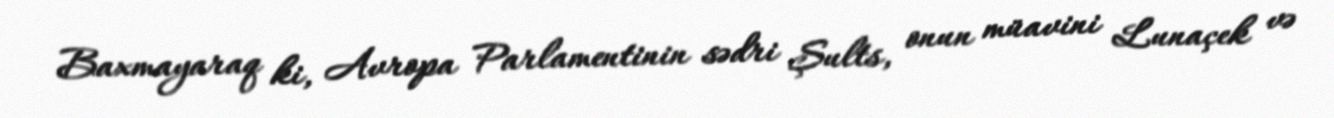
Baxmayaraq ki, Avropa Parlamentinin sədri Şults, onun müavini Lunaçek və